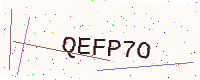
Text: QEFP7O